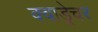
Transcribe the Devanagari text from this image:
क्वाड्रेचर